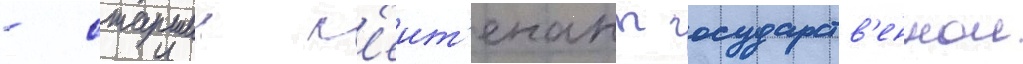
- старшии л'еит'енант государств'еннои